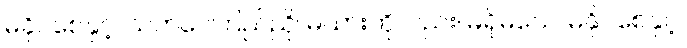
မခိုင်စေနှင့်၊ သက်ဝေကြည်ညို၊ မယားကိုလည်း၊ မရိုမသေ၊ မနိုင်စေနှင့်၊